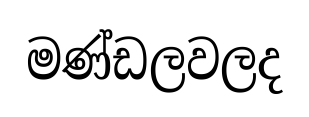
මණ්ඩලවලද